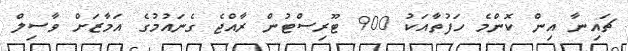
ޗައިނާ އިން ކޮންމެ ހަފުތާއަކު 900 ޓޫރިސްޓުން ރާއްޖެ ގެނައުމުގެ އަމާޒަށް ވާސިލް